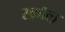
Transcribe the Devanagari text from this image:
स्क्रौल